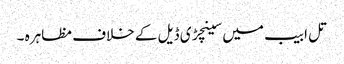
تل ابیب میں سینچڑی ڈیل کے خلاف مظاہرہ ۔